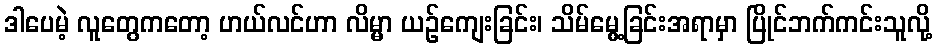
ဒါပေမဲ့ လူတွေကတော့ ဟယ်လင်ဟာ လိမ္မာ ယဉ်ကျေးခြင်း၊ သိမ်မွေ့ခြင်းအရာမှာ ပြိုင်ဘက်ကင်းသူလို့